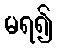
မရ၍